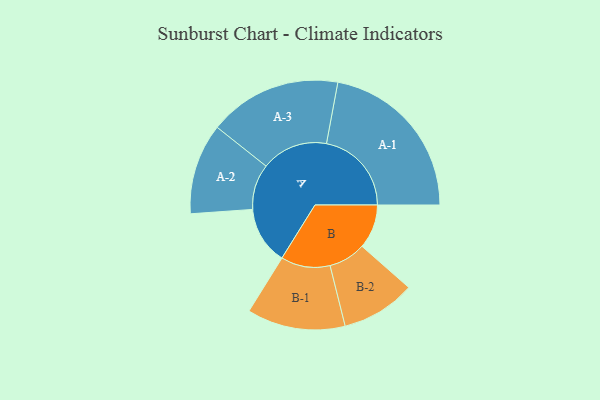
{"axis": {"x": "Segment", "y": "Value"}, "legend": ["", "A", "B"], "data": [{"x": "A", "y": 187, "type": ""}, {"x": "B", "y": 143, "type": ""}, {"x": "A-1", "y": 275, "type": "A"}, {"x": "A-2", "y": 147, "type": "A"}, {"x": "A-3", "y": 215, "type": "A"}, {"x": "B-1", "y": 159, "type": "B"}, {"x": "B-2", "y": 120, "type": "B"}]}